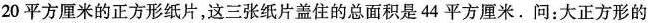
20平方厘米的正方形纸片，这三张纸片盖住的总面积是44平方厘米。问：大正方形的